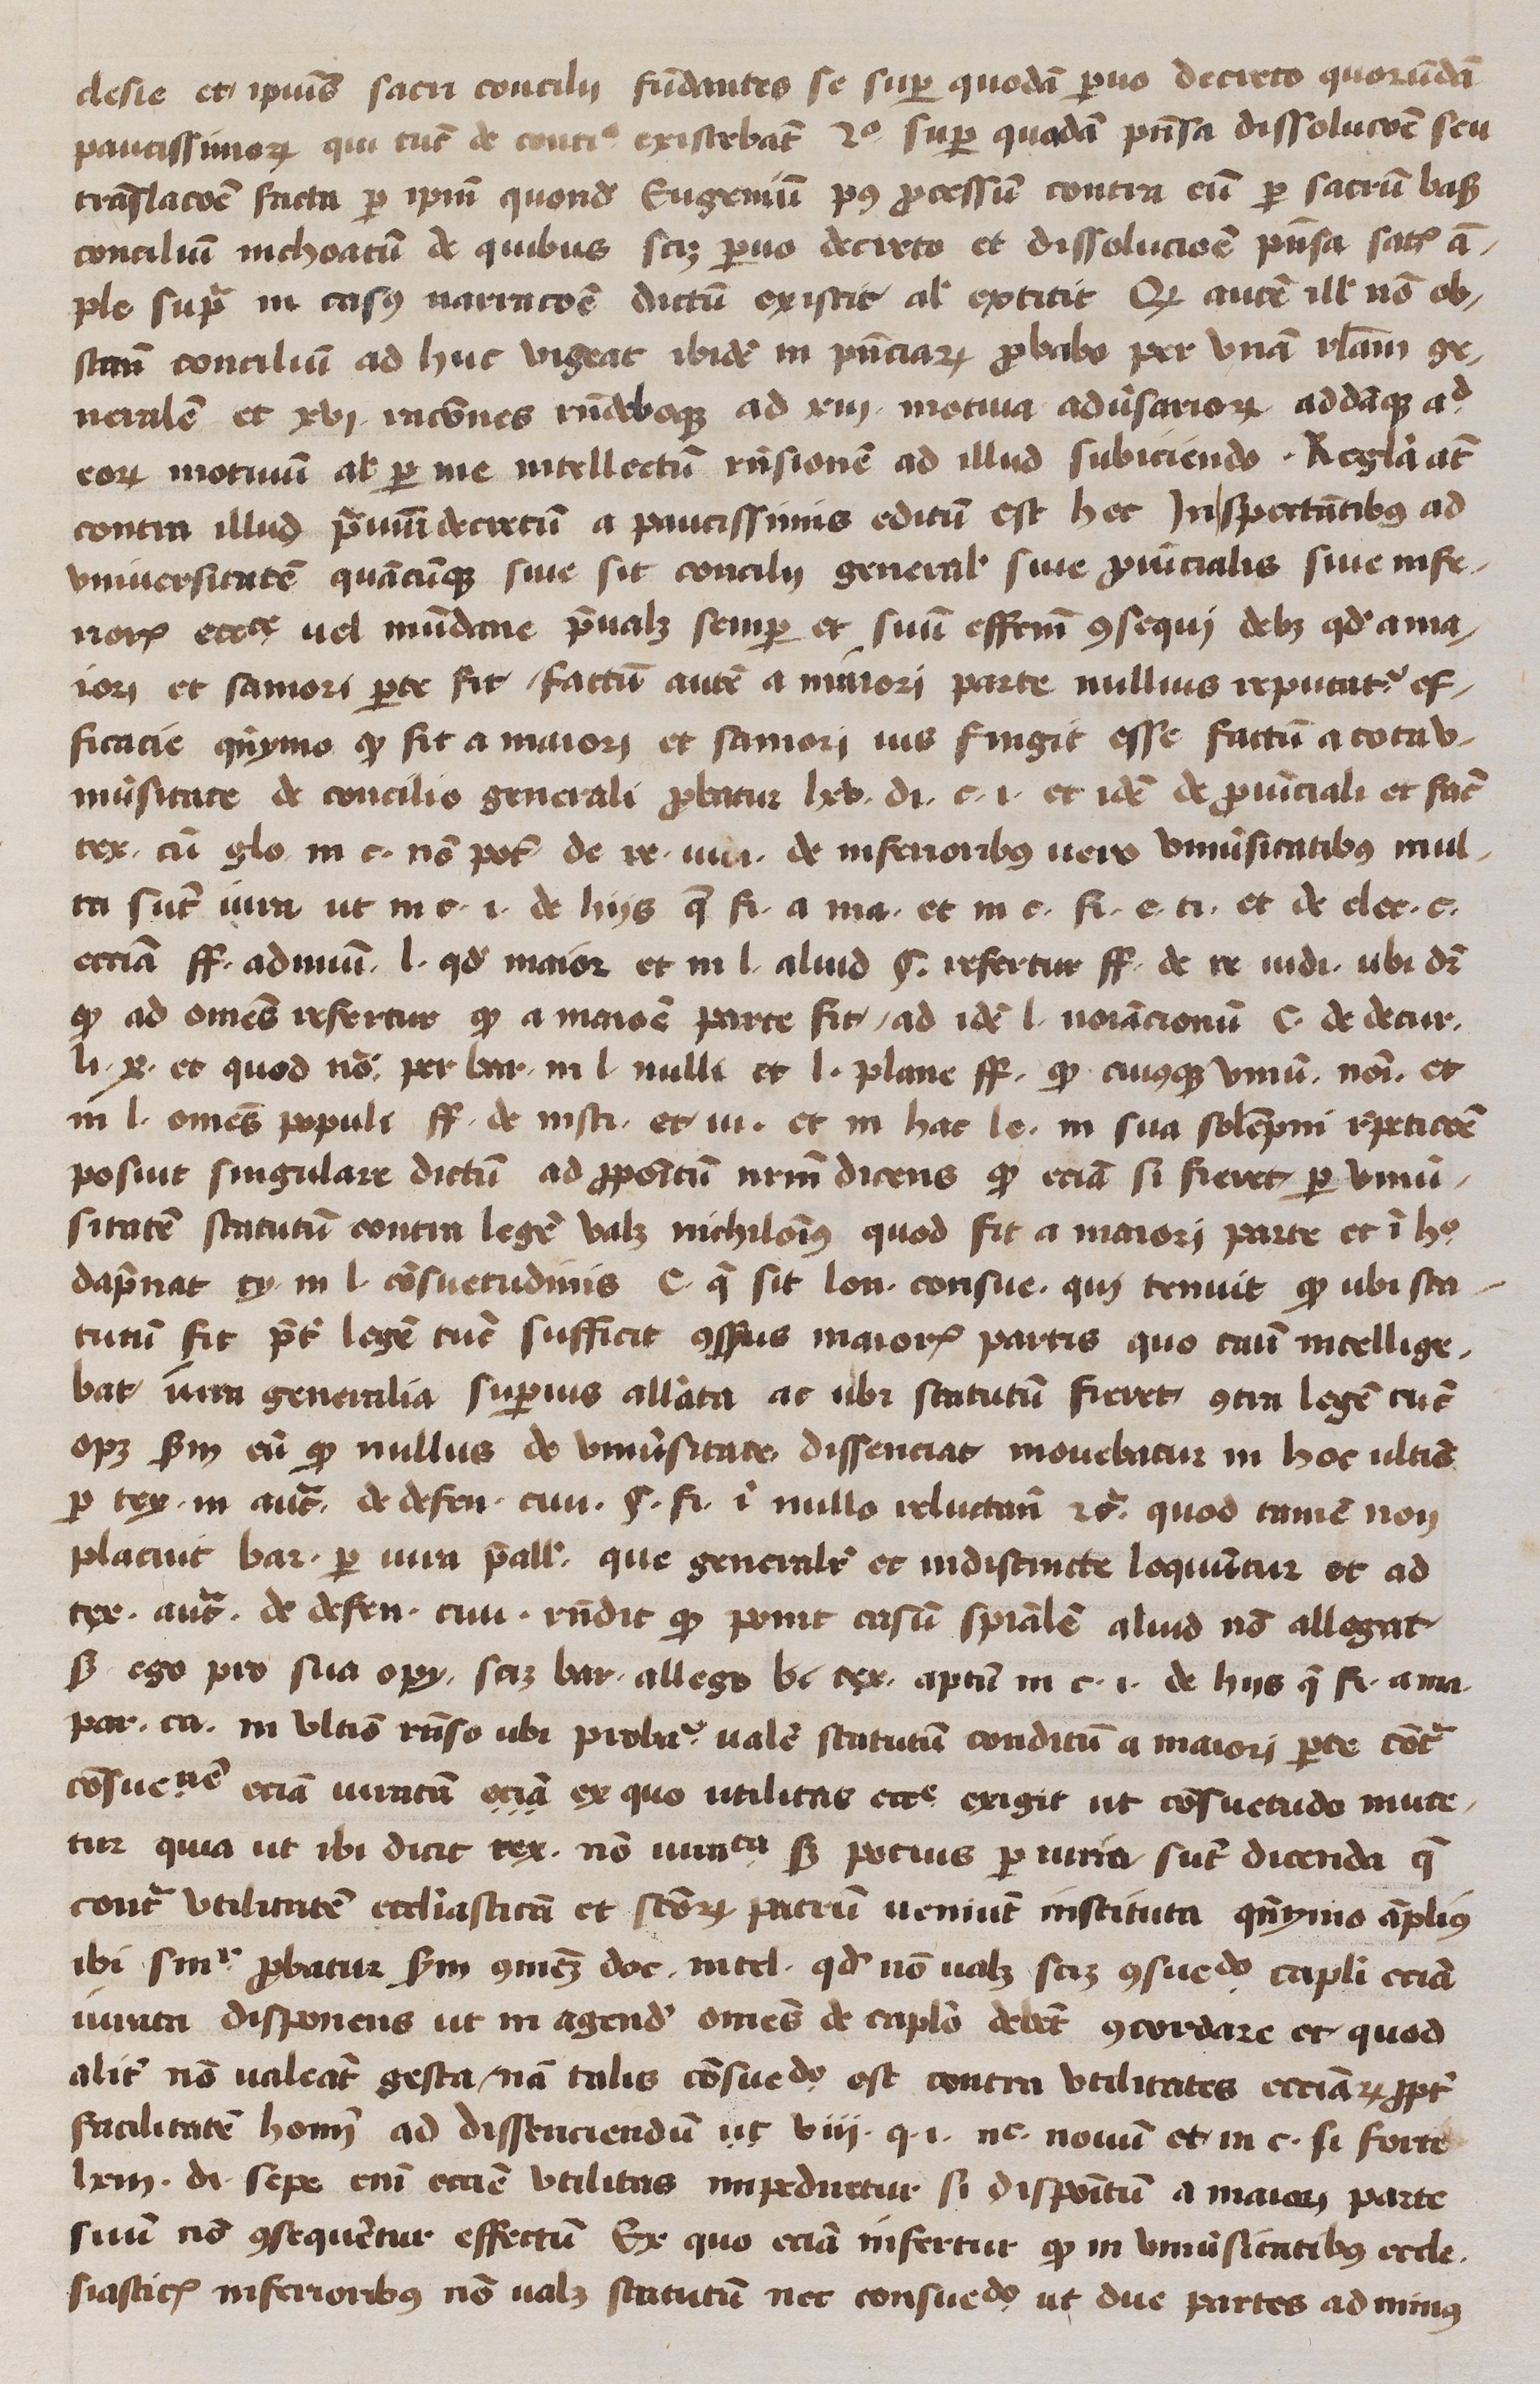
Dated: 1400–1499